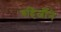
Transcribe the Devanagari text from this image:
बहिर्जीने